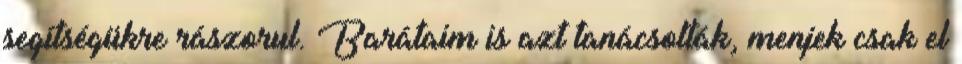
segítségükre rászo­rul. Barátaim is azt tanácsolták, menjek csak el